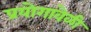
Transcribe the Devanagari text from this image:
प्रयोगावेळी